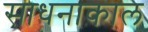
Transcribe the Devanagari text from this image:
साधनाकाल